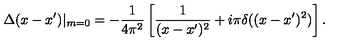
\Delta ( x - x ^ { \prime } ) | _ { m = 0 } = - \frac { 1 } { 4 \pi ^ { 2 } } \left[ \frac { 1 } { ( x - x ^ { \prime } ) ^ { 2 } } + i \pi \delta ( ( x - x ^ { \prime } ) ^ { 2 } ) \right] .